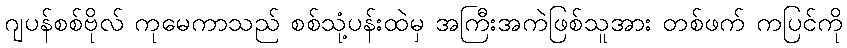
ဂျပန်စစ်ဗိုလ် ကုမေကာသည် စစ်သုံ့ပန်းထဲမှ အကြီးအကဲဖြစ်သူအား တစ်ဖက် ကပြင်ကို